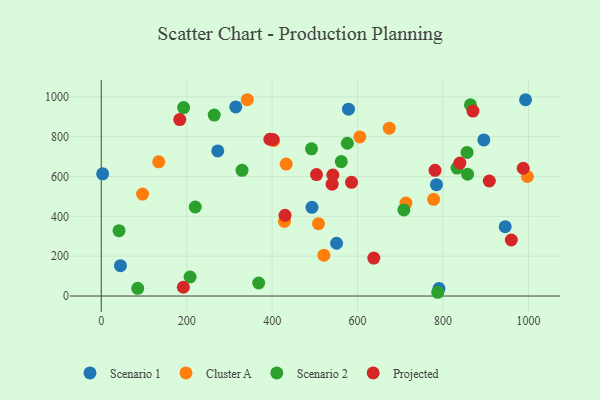
{"axis": {"x": "Price", "y": "Yield"}, "legend": ["Cluster A", "Projected", "Scenario 1", "Scenario 2"], "data": [{"x": "784.6", "y": 559.1, "type": "Scenario 1"}, {"x": "3.2", "y": 613.3, "type": "Scenario 1"}, {"x": "895.5", "y": 783.8, "type": "Scenario 1"}, {"x": "578.7", "y": 938.2, "type": "Scenario 1"}, {"x": "272.7", "y": 728.3, "type": "Scenario 1"}, {"x": "993.1", "y": 985.5, "type": "Scenario 1"}, {"x": "314.8", "y": 949.5, "type": "Scenario 1"}, {"x": "550.8", "y": 264.9, "type": "Scenario 1"}, {"x": "493.2", "y": 445.3, "type": "Scenario 1"}, {"x": "44.9", "y": 152.4, "type": "Scenario 1"}, {"x": "945.5", "y": 348.0, "type": "Scenario 1"}, {"x": "790.5", "y": 37.2, "type": "Scenario 1"}, {"x": "997.4", "y": 600.2, "type": "Cluster A"}, {"x": "403.5", "y": 780.6, "type": "Cluster A"}, {"x": "508.5", "y": 363.2, "type": "Cluster A"}, {"x": "134.5", "y": 674.0, "type": "Cluster A"}, {"x": "432.9", "y": 662.7, "type": "Cluster A"}, {"x": "605.2", "y": 798.9, "type": "Cluster A"}, {"x": "521.1", "y": 205.1, "type": "Cluster A"}, {"x": "341.8", "y": 985.6, "type": "Cluster A"}, {"x": "778.0", "y": 485.4, "type": "Cluster A"}, {"x": "428.7", "y": 374.9, "type": "Cluster A"}, {"x": "713.1", "y": 466.5, "type": "Cluster A"}, {"x": "674.2", "y": 843.0, "type": "Cluster A"}, {"x": "96.7", "y": 511.8, "type": "Cluster A"}, {"x": "264.4", "y": 908.4, "type": "Scenario 2"}, {"x": "576.1", "y": 767.0, "type": "Scenario 2"}, {"x": "864.2", "y": 960.4, "type": "Scenario 2"}, {"x": "41.6", "y": 328.0, "type": "Scenario 2"}, {"x": "220.0", "y": 447.0, "type": "Scenario 2"}, {"x": "708.3", "y": 432.2, "type": "Scenario 2"}, {"x": "368.5", "y": 65.4, "type": "Scenario 2"}, {"x": "192.8", "y": 946.0, "type": "Scenario 2"}, {"x": "207.9", "y": 95.6, "type": "Scenario 2"}, {"x": "787.6", "y": 18.8, "type": "Scenario 2"}, {"x": "832.8", "y": 642.2, "type": "Scenario 2"}, {"x": "85.3", "y": 38.7, "type": "Scenario 2"}, {"x": "561.8", "y": 674.9, "type": "Scenario 2"}, {"x": "492.1", "y": 739.2, "type": "Scenario 2"}, {"x": "856.2", "y": 721.0, "type": "Scenario 2"}, {"x": "329.5", "y": 631.0, "type": "Scenario 2"}, {"x": "857.5", "y": 611.4, "type": "Scenario 2"}, {"x": "987.7", "y": 641.5, "type": "Projected"}, {"x": "542.1", "y": 607.5, "type": "Projected"}, {"x": "394.7", "y": 787.1, "type": "Projected"}, {"x": "781.2", "y": 631.3, "type": "Projected"}, {"x": "870.0", "y": 928.8, "type": "Projected"}, {"x": "402.1", "y": 785.9, "type": "Projected"}, {"x": "503.8", "y": 609.9, "type": "Projected"}, {"x": "959.8", "y": 281.2, "type": "Projected"}, {"x": "585.8", "y": 571.0, "type": "Projected"}, {"x": "637.9", "y": 190.6, "type": "Projected"}, {"x": "839.4", "y": 667.7, "type": "Projected"}, {"x": "540.4", "y": 561.5, "type": "Projected"}, {"x": "192.1", "y": 44.1, "type": "Projected"}, {"x": "430.2", "y": 405.4, "type": "Projected"}, {"x": "183.7", "y": 885.7, "type": "Projected"}, {"x": "908.3", "y": 577.4, "type": "Projected"}]}